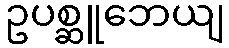
ဥပစ္ဆူဘေယျ